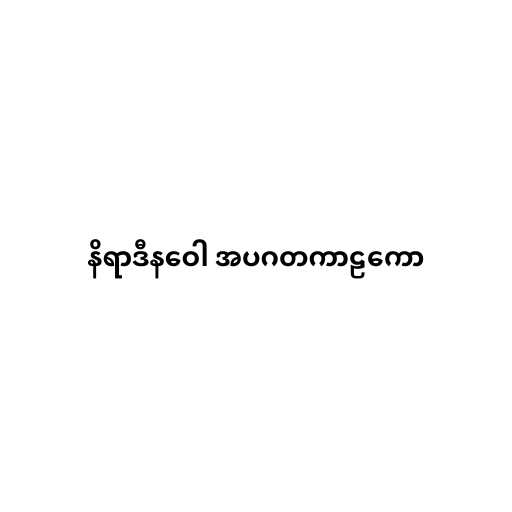
နိရာဒီနဝေါ အပဂတကာဠကော